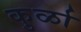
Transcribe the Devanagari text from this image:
कुर्ळा